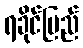
ရခိုင်ပြည်